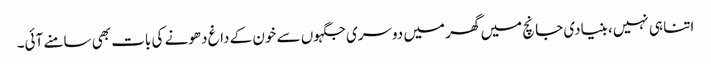
اتنا ہی نہیں، بنیادی جانچ میں گھر میں دوسری جگہوں سے خون کے داغ دھونے کی بات بھی سامنے آئی۔